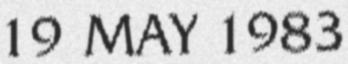
19 MAY 1983